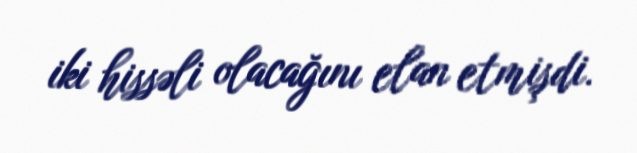
iki hissəli olacağını elan etmişdi.